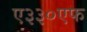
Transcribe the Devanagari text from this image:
ए३३०एफ